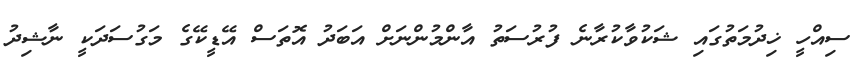
ސިއްހީ ޚިދުމަތުގައި ޝަކުވާކުރާނެ ފުރުސަތު އާންމުންނަށް އަބަދު އޮތަސް އޭޑީކޭގެ މަގުސަދަކީ ނާޝިދު